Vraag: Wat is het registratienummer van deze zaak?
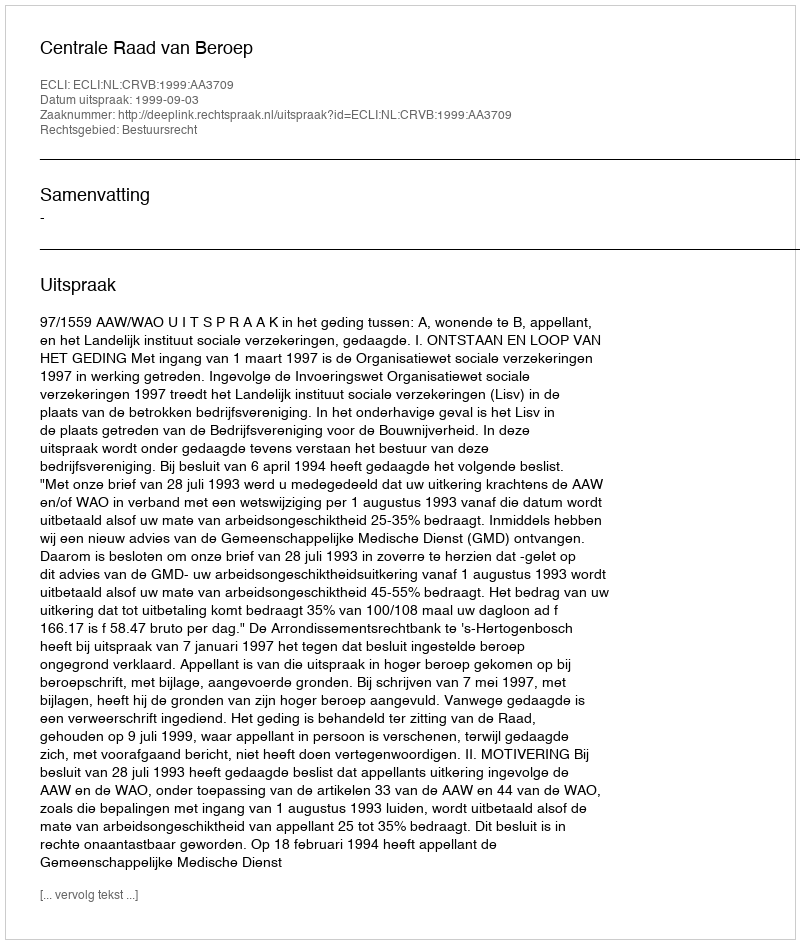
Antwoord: http://deeplink.rechtspraak.nl/uitspraak?id=ECLI:NL:CRVB:1999:AA3709